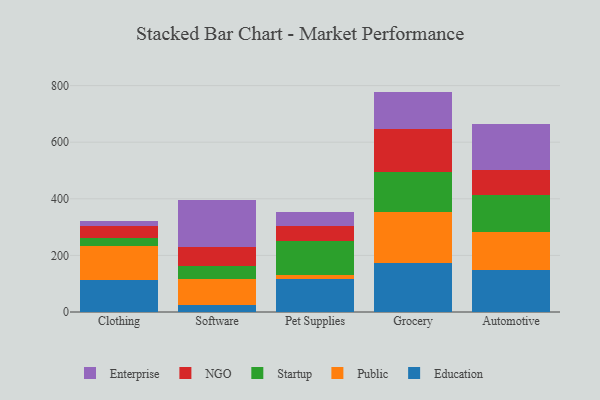
{"axis": {"x": "Category", "y": "Active Users"}, "legend": ["Education", "Enterprise", "NGO", "Public", "Startup"], "data": [{"x": "Clothing", "y": 112.2, "type": "Education"}, {"x": "Clothing", "y": 119.7, "type": "Public"}, {"x": "Clothing", "y": 29.0, "type": "Startup"}, {"x": "Clothing", "y": 41.8, "type": "NGO"}, {"x": "Clothing", "y": 19.5, "type": "Enterprise"}, {"x": "Software", "y": 26.5, "type": "Education"}, {"x": "Software", "y": 90.6, "type": "Public"}, {"x": "Software", "y": 46.2, "type": "Startup"}, {"x": "Software", "y": 65.0, "type": "NGO"}, {"x": "Software", "y": 167.8, "type": "Enterprise"}, {"x": "Pet Supplies", "y": 116.3, "type": "Education"}, {"x": "Pet Supplies", "y": 13.8, "type": "Public"}, {"x": "Pet Supplies", "y": 122.2, "type": "Startup"}, {"x": "Pet Supplies", "y": 52.2, "type": "NGO"}, {"x": "Pet Supplies", "y": 47.7, "type": "Enterprise"}, {"x": "Grocery", "y": 173.9, "type": "Education"}, {"x": "Grocery", "y": 179.7, "type": "Public"}, {"x": "Grocery", "y": 140.0, "type": "Startup"}, {"x": "Grocery", "y": 152.0, "type": "NGO"}, {"x": "Grocery", "y": 133.2, "type": "Enterprise"}, {"x": "Automotive", "y": 146.9, "type": "Education"}, {"x": "Automotive", "y": 134.9, "type": "Public"}, {"x": "Automotive", "y": 130.1, "type": "Startup"}, {"x": "Automotive", "y": 88.9, "type": "NGO"}, {"x": "Automotive", "y": 163.3, "type": "Enterprise"}]}